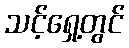
သင့်ရှေ့တွင်